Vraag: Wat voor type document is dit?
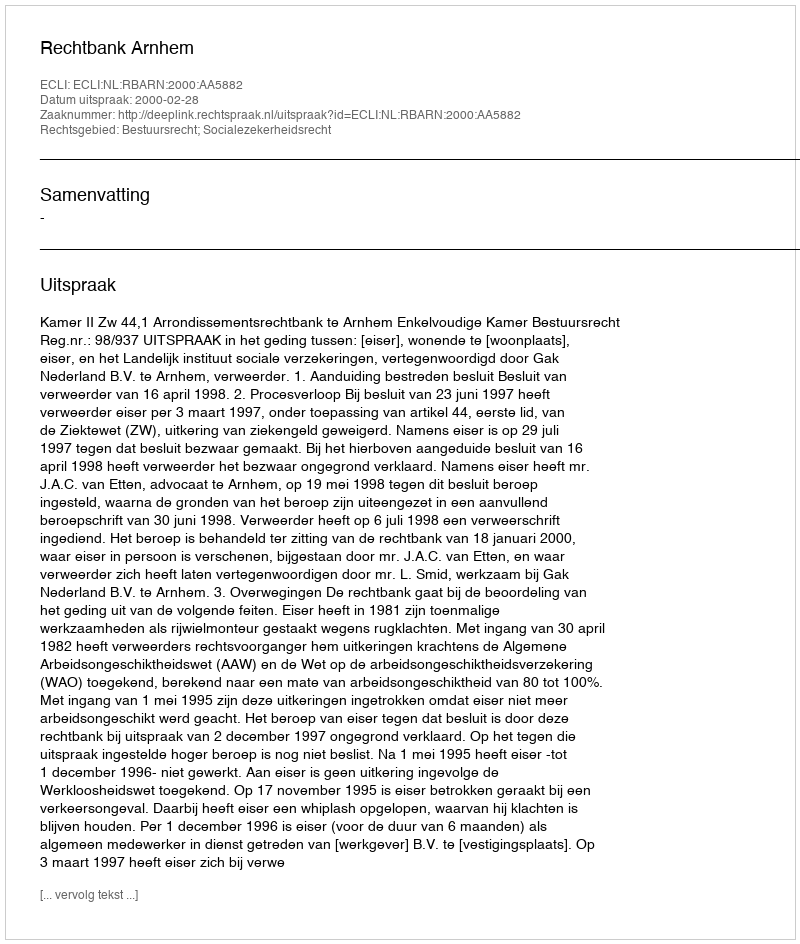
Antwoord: Uitspraak